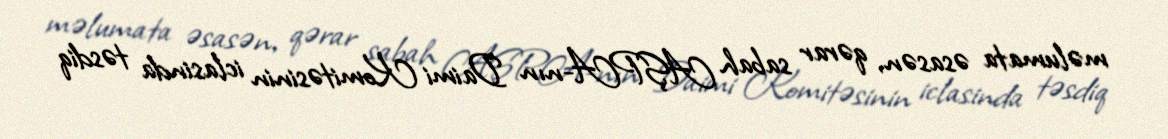
məlumata əsasən, qərar sabah AŞPA-nın Daimi Komitəsinin iclasinda təsdiq